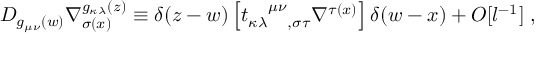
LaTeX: { \cal D } _ { g _ { \mu \nu } ( w ) } \nabla _ { \sigma ( x ) } ^ { g _ { \kappa \lambda } ( z ) } \equiv \delta ( z - w ) \left[ t _ { \kappa \lambda \ \ \ , \sigma \tau } ^ { \ \ \ \mu \nu } \nabla ^ { \tau ( x ) } \right] \delta ( w - x ) + { \cal O } [ l ^ { - 1 } ] \; ,